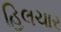
હિલચાર